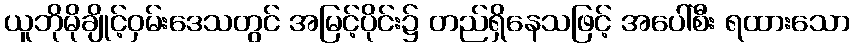
ယူဘိုမိုချိုင့်ဝှမ်းဒေသတွင် အမြင့်ပိုင်း၌ တည်ရှိနေသဖြင့် အပေါ်စီး ရထားသော